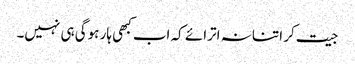
جیت کر اتنا نہ اترائے کہ اب کبھی ہار ہوگی ہی نہیں۔